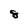
Character: 8